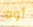
أوه